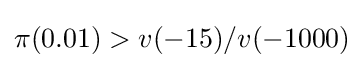
\pi (0.01)>v(-15)/v(-1000)